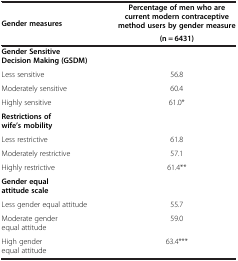
| <ROWSPAN=2> Gender measures | Percentage of men who are current modern contraceptive method users by gender measure |
 | (n = 6431) |
 | --- | --- |
 | Gender Sensitive Decision Making (GSDM) |  |
 | Less sensitive | 56.8 |
 | Moderately sensitive | 60.4 |
 | Highly sensitive | 61.0* |
 | Restrictions of wife’s mobility |  |
 | Less restrictive | 61.8 |
 | Moderately restrictive | 57.1 |
 | Highly restrictive | 61.4** |
 | Gender equal attitude scale |  |
 | Less gender equal attitude | 55.7 |
 | Moderate gender equal attitude | 59.0 |
 | High gender equal attitude | 63.4*** |